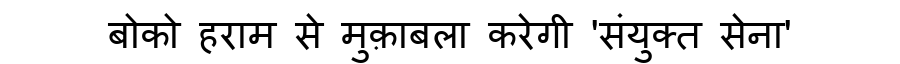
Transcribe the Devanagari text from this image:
बोको हराम से मुक़ाबला करेगी 'संयुक्त सेना'